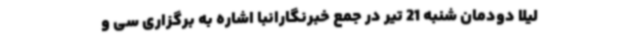
لیلا دودمان شنبه 21 تیر در جمع خبرنگارانبا اشاره به برگزاری سی و